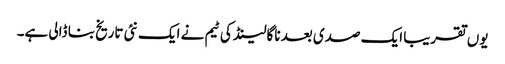
یوں تقریبا ایک صدی بعد ناگالینڈ کی ٹیم نے ایک نئی تاریخ بنا ڈالی ہے۔